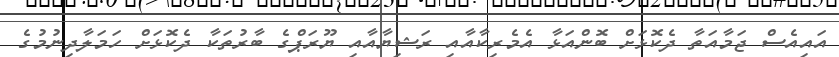
އައިއެސް ޖަމާއަތާ ދެކޮޅަށް ބޮންއަޅާ އެމެރިކާއާއި ރަޝިޔާއާއި ޔޫރަޕްގެ ބާރުތަކާ ދެކޮޅަށް ހަމަލާދިނުމުގެ